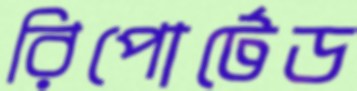
রিপোর্টেড